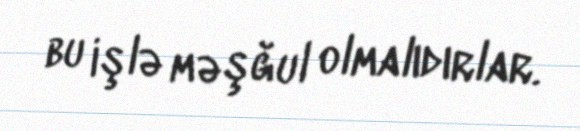
bu işlə məşğul olmalıdırlar.